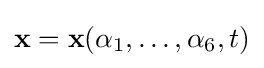
\mathbf {x} =\mathbf {x} (\alpha _{1},\dots ,\alpha _{6},t)